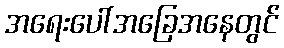
အရေးပေါ်အခြေအနေတွင်